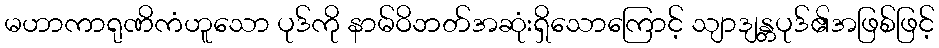
မဟာကာရုဏိကံဟူသော ပုဒ်ကို နာမ်ဝိဘတ်အဆုံးရှိသောကြောင့် သျာဒျန္တပုဒ်၏အဖြစ်ဖြင့်